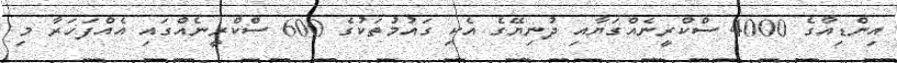
އިންޑިއާގެ 4000 ސްކްރީނެއްގަޔާއި ދުނިޔޭގެ އެކި ގައުމުތަކުގެ 600 ސްކްރީނެއްގައި އެއްފަހަރާ މި